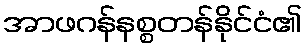
အာဖဂန်နစ္စတန်နိုင်ငံ၏